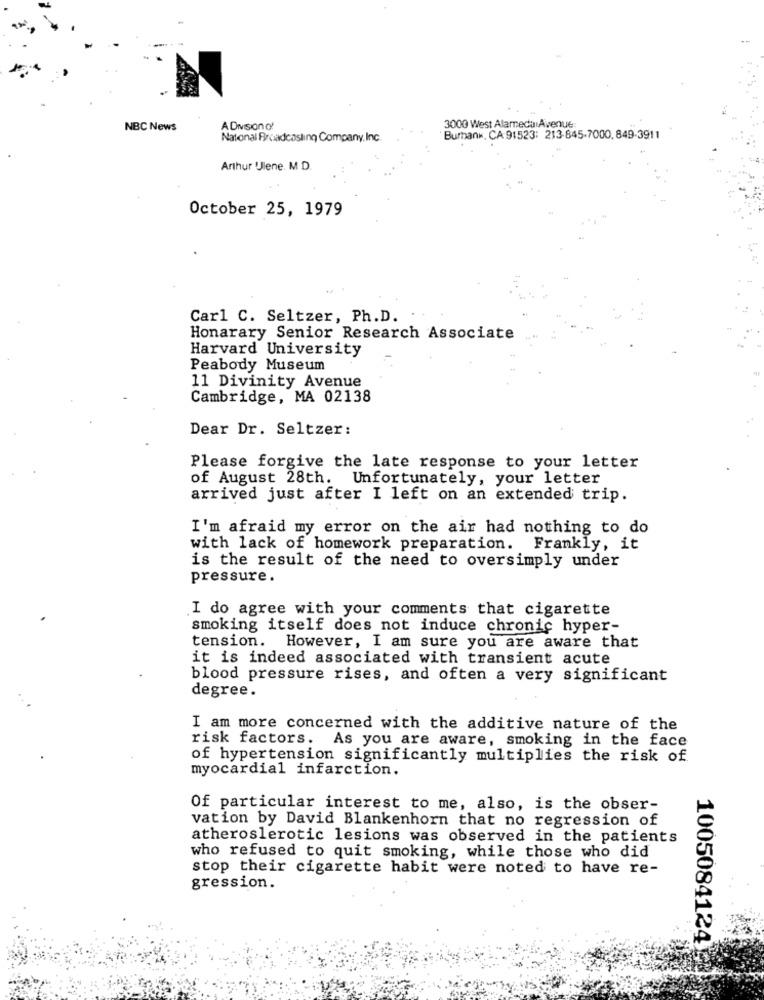
NBC News
ADivisionof
3000 West AlarneduAvenue:
National Broadcasting Company, Inc.
Burbank, CA 91523: 213-845-7000, 849-3911
Arthur Ulene. M D.
October 25, 1979
Carl C. Seltzer, Ph.D.
Honarary Senior Research Associate
Harvard University
Peabody Museum
11 Divinity Avenue
Cambridge, MA 02138
Dear Dr. Seltzer:
Please forgive the late response to your letter
of August 28th.
Unfortunately, your letter
arrived just after I left on an extended trip.
I'm afraid my error on the air had nothing to do
with lack of homework preparation. Frankly, it
is the result of the need to oversimply under
pressure.
I do agree with your comments that cigarette
smoking itself does not induce chronic hyper-
tension. However, I am sure you are aware that
it is indeed associated with transient acute
blood pressure rises, and often a very significant
degree.
I am more concerned with the additive nature of the
risk factors. As you are aware, smoking in the face
of hypertension significantly multiplies the risk of
myocardial infarction.
Of particular interest to me, also, is the obser-
vation by David Blankenhorn that no regression of
atheroslerotic lesions was observed in the patients
who refused to quit smoking, while those who did
stop their cigarette habit were noted to have re-
gression.
1005084124